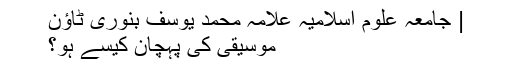
| جامعہ علوم اسلامیہ علامہ محمد یوسف بنوری ٹاؤن
موسیقی کی پہچان کیسے ہو؟